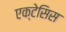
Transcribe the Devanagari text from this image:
एक्टेसिस